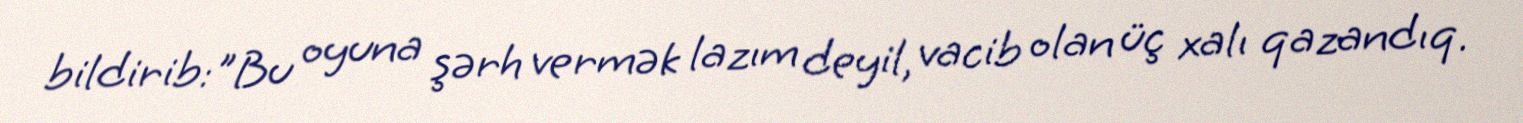
bildirib:"Bu oyuna şərh vermək lazım deyil, vacib olan üç xalı qazandıq.